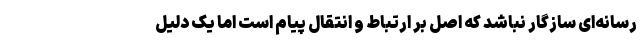
رسانه‌ای سازگار نباشد که اصل بر ارتباط و انتقال پیام است اما یک دلیل